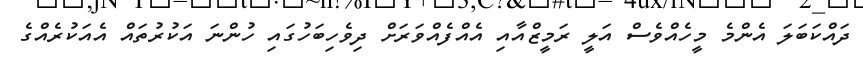
ދައްކަބަލަ އެންމެ މީހެއްވެސް އަލީ ރަމީޒްއާއި އެއްފެއްވަރަށް ދިވެހިބަހުގައި ހުންނަ އަކުރުތައް އެއަކުރެއްގެ